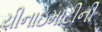
ચીનાઇમાટીની